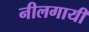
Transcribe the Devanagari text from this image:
नीलगायी